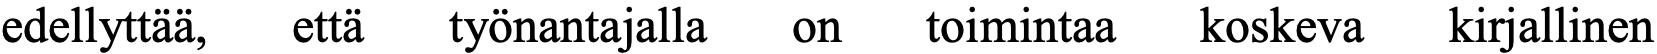
edellyttää, että työnantajalla on toimintaa koskeva kirjallinen